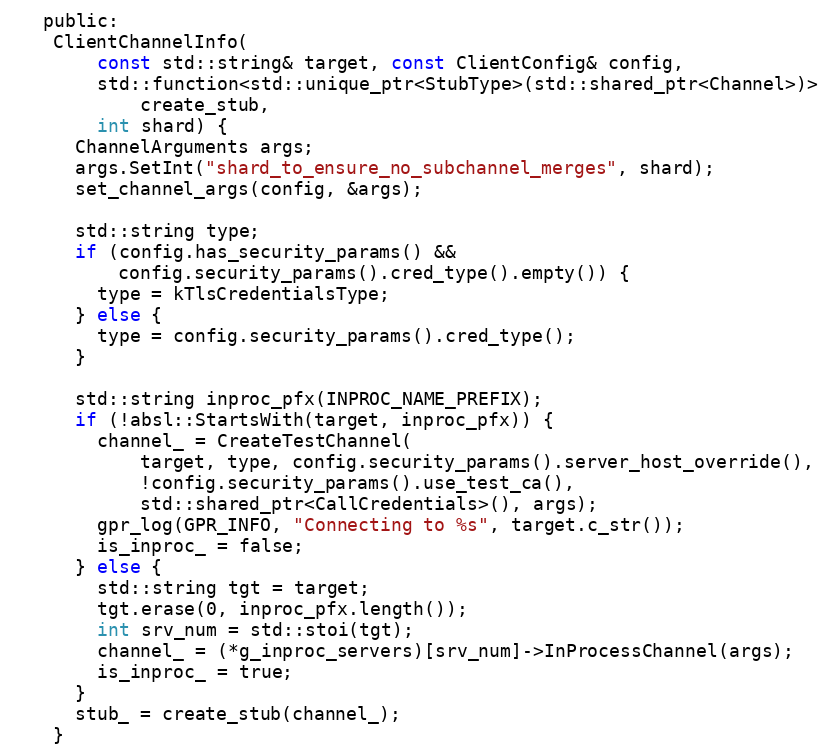
Language: C
   public:
    ClientChannelInfo(
        const std::string& target, const ClientConfig& config,
        std::function<std::unique_ptr<StubType>(std::shared_ptr<Channel>)>
            create_stub,
        int shard) {
      ChannelArguments args;
      args.SetInt("shard_to_ensure_no_subchannel_merges", shard);
      set_channel_args(config, &args);

      std::string type;
      if (config.has_security_params() &&
          config.security_params().cred_type().empty()) {
        type = kTlsCredentialsType;
      } else {
        type = config.security_params().cred_type();
      }

      std::string inproc_pfx(INPROC_NAME_PREFIX);
      if (!absl::StartsWith(target, inproc_pfx)) {
        channel_ = CreateTestChannel(
            target, type, config.security_params().server_host_override(),
            !config.security_params().use_test_ca(),
            std::shared_ptr<CallCredentials>(), args);
        gpr_log(GPR_INFO, "Connecting to %s", target.c_str());
        is_inproc_ = false;
      } else {
        std::string tgt = target;
        tgt.erase(0, inproc_pfx.length());
        int srv_num = std::stoi(tgt);
        channel_ = (*g_inproc_servers)[srv_num]->InProcessChannel(args);
        is_inproc_ = true;
      }
      stub_ = create_stub(channel_);
    }